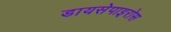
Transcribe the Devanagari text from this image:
डायसेपाइरोस